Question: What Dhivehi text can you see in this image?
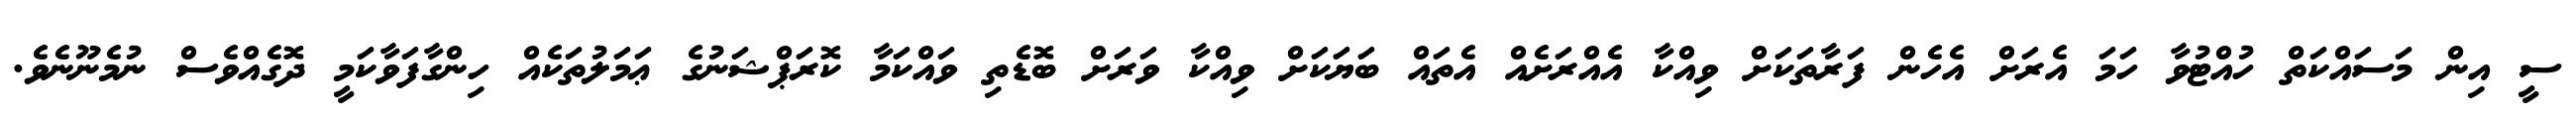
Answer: ސީ އިން މަސައްކަތް ހުއްޓުވާ ހަމަ އެރަށް އެހެން ފަރާތަކަށް ވިއްކާ އެއްރަށެއް އެތައް ބަޔަކަށް ވިއްކާ ވަރަށް ބޮޑެތި ވައްކަމާ ކޮރަޕްޝަނުގެ ޢަމަލުތަކެއް ހިންގާފަވާކަމީ ދޮގެއްވެސް ނުމެނޫނެވެ.